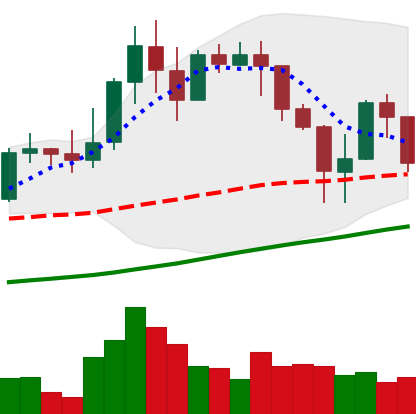
Ticker: LINK-USD
Chart end date: 2019-04-15
Forward return: 4.764%
Label: up_3_5